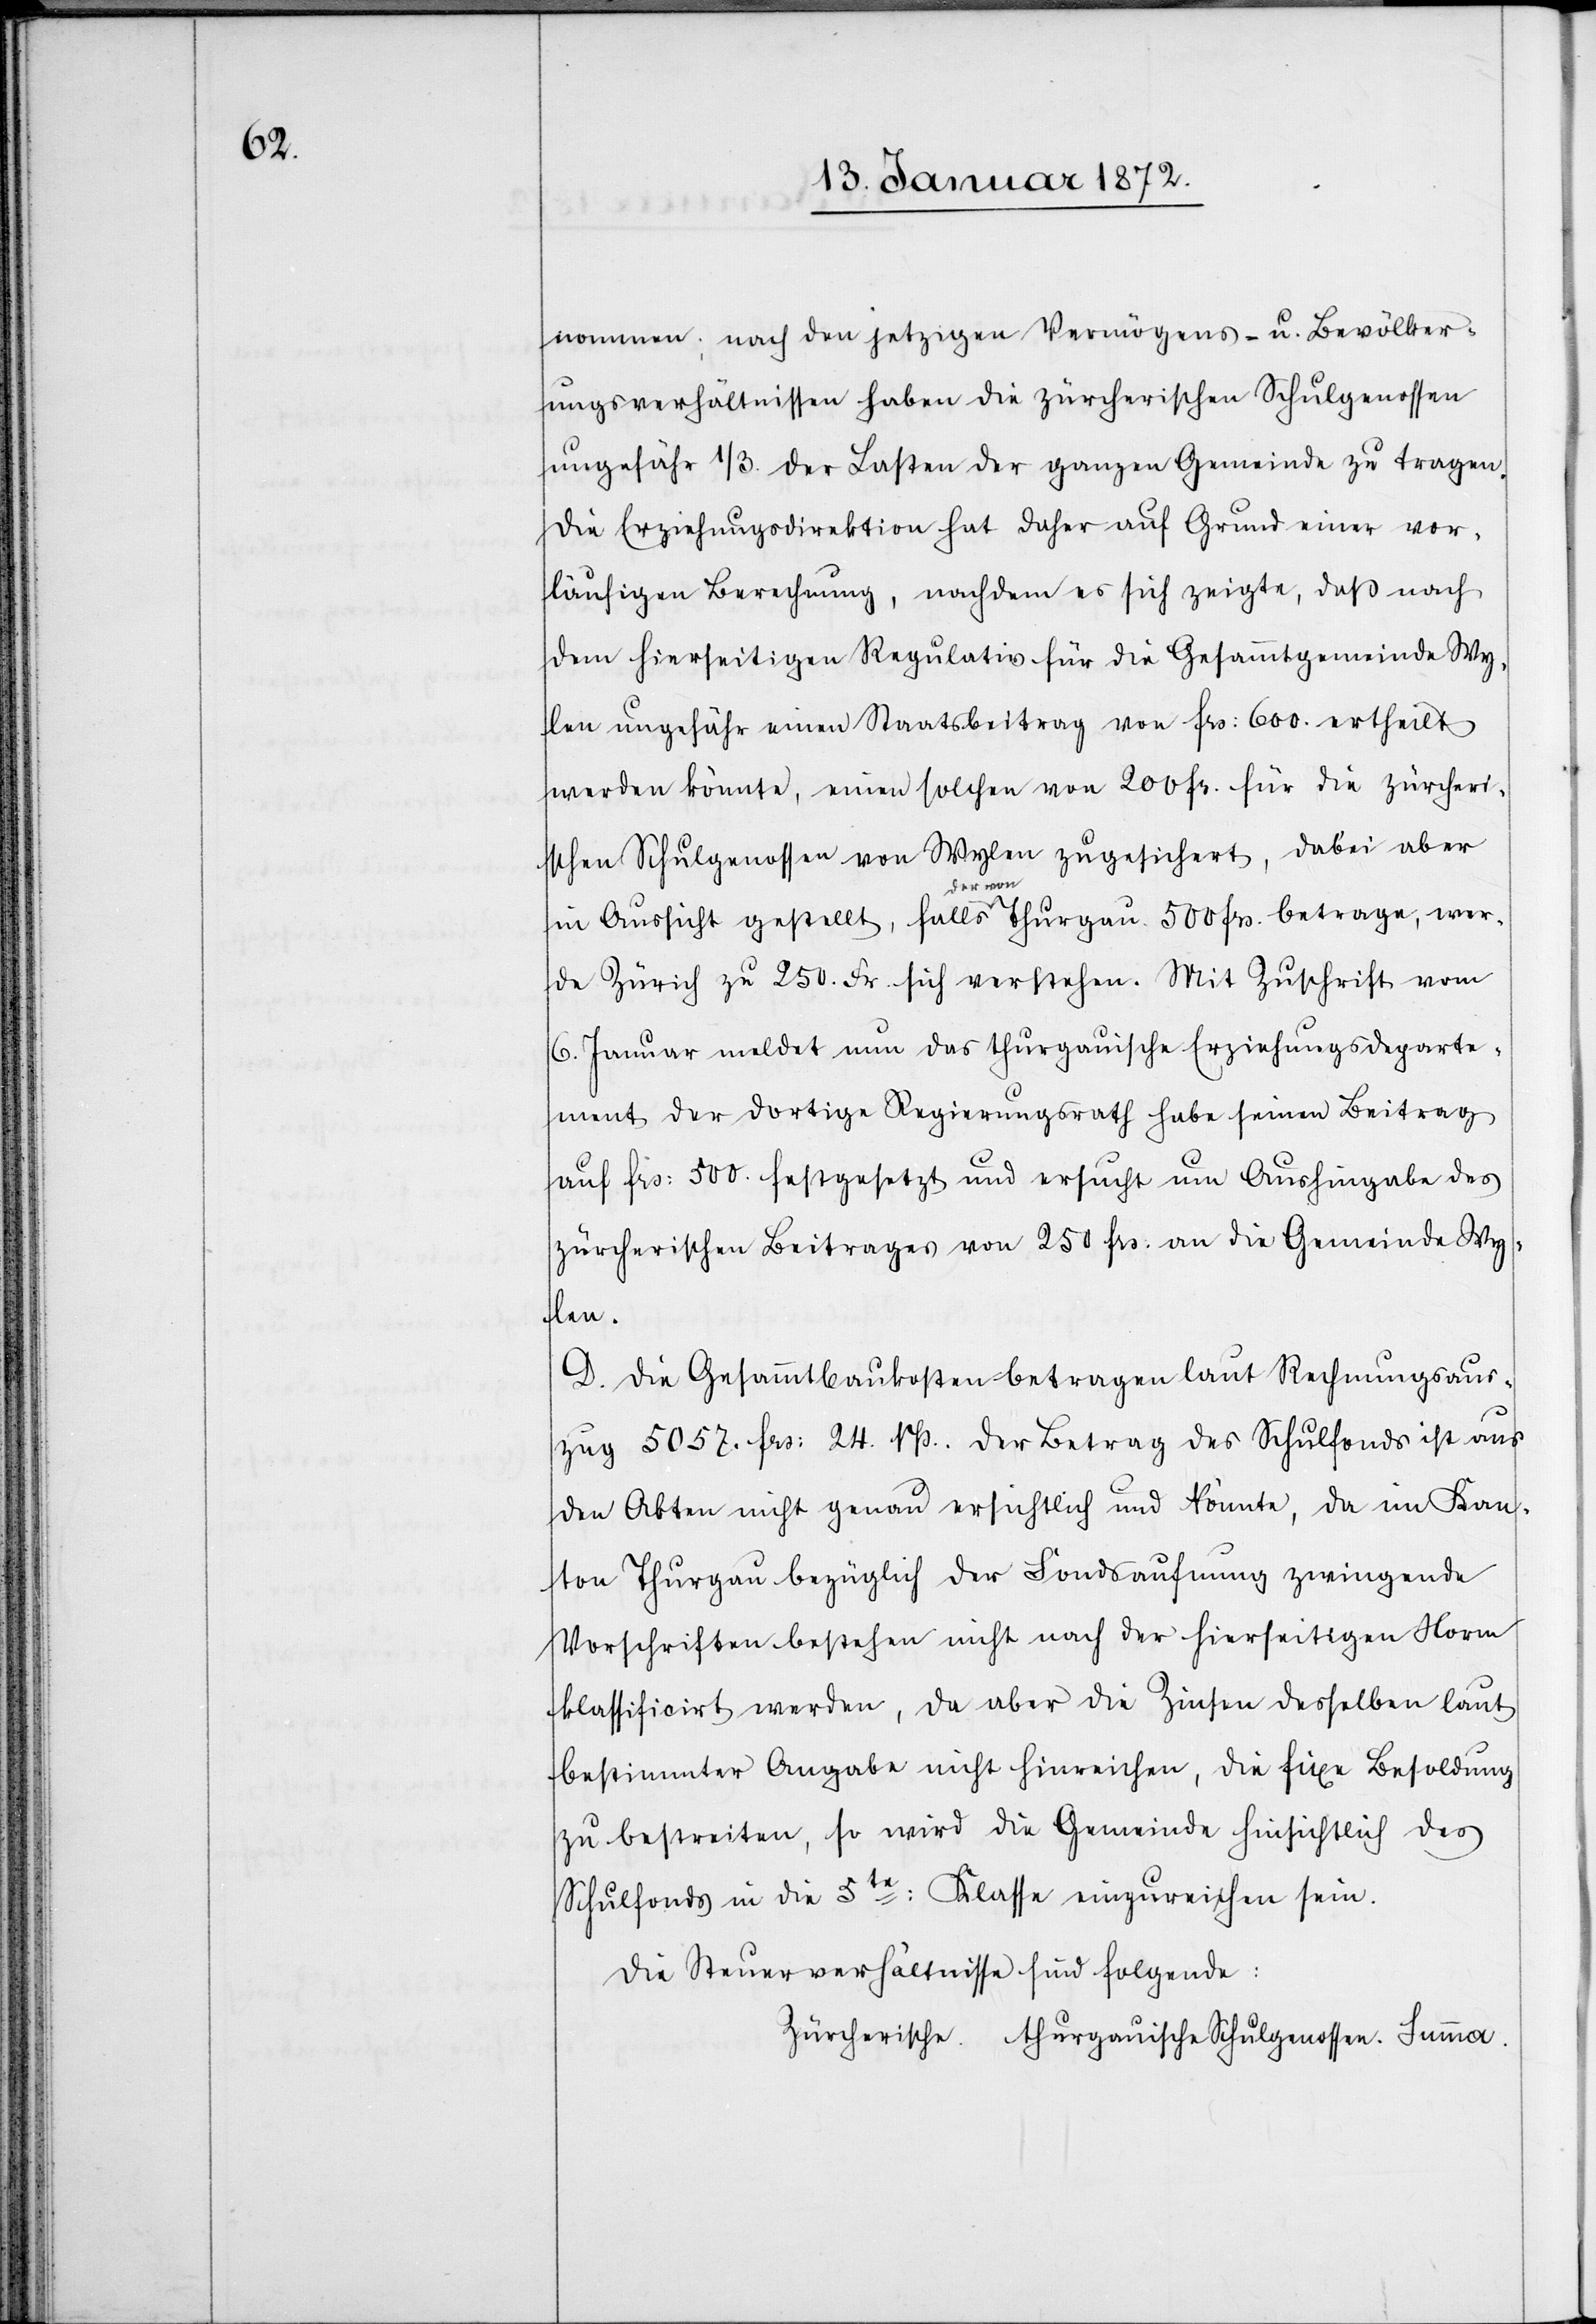
nommen; nach den jetzigen Vermögens- u. Bevölker¬
ungsverhältnissen haben die zürcherischen Schulgenossen
ungefähr 1/3. der Lasten der ganzen Gemeinde zu tragen.
Die Erziehungsdirektion hat daher auf Grund einer vor¬
läufigen Berechnung, nachdem es sich zeigte, daß nach
dem hierseitigen Regulativ für die Gesammtgemeinde Wy¬
lau ungefähr einen Staatsbeitrag von frs: 600. ertheilt
werden könnte, einen solchen von 200 fr. für die zürcheri¬
schen Schulgenossen von Wylau zugesichert, dabei aber
in Aussicht gestellt, falls der von Thurgau 500 frs. betrage, wer¬
de Zürich zu 250. Fr. sich verstehen. Mit Zuschrift vom
6. Januar meldet nun das thurgauische Erziehungsdeparte¬
ment der dortige Regierungsrath habe seinen Beitrag
auf frs. 500. festgesetzt und ersucht um Aushingabe des
zürcherischen Beitrages von 250 frs. an die Gemeinde Wy¬
len.
D. Die Gesammtbaukosten betragen laut Rechnungsaus¬
zug 5057. frs. 24. rp. Der Betrag des Schulfonds ist aus
den Akten nicht genau ersichtlich und könnte, da im Kan¬
ton Thurgau bezüglich der Landsaufnung zwingende
Vorschriften bestehen nicht nach der hierseitigen Norm
klassifiziert werden, da aber die Zinsen desselben laut
bestimmter Angabe nicht hinreichen, die fixe Besoldung
zu bestreiten, so wird die Gemeinde hinsichtlich des
Schulfonds in die 5te. Klasse einzureihen sein.
Die Steuerverhältnisse sind folgende: